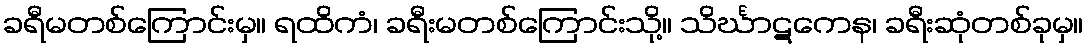
ခရီမတစ်ကြောင်းမှ။ ရထိကံ၊ ခရီးမတစ်ကြောင်းသို့။ သိင်္ဃာဋကေန၊ ခရီးဆုံတစ်ခုမှ။